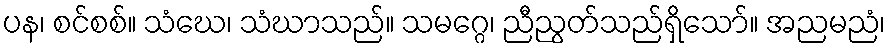
ပန၊ စင်စစ်။ သံဃေ၊ သံဃာသည်။ သမဂ္ဂေ၊ ညီညွတ်သည်ရှိသော်။ အညမညံ၊